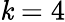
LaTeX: \mathit{k}=4